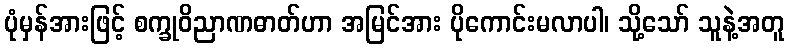
ပုံမှန်အားဖြင့် စက္ခုဝိညာဏဓာတ်ဟာ အမြင်အား ပိုကောင်းမလာပါ၊ သို့သော် သူနဲ့အတူ